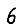
Digit: 6